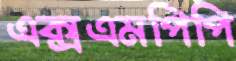
এক্সএমপিপি